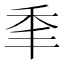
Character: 𰨝